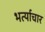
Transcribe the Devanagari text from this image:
भर्त्याचार